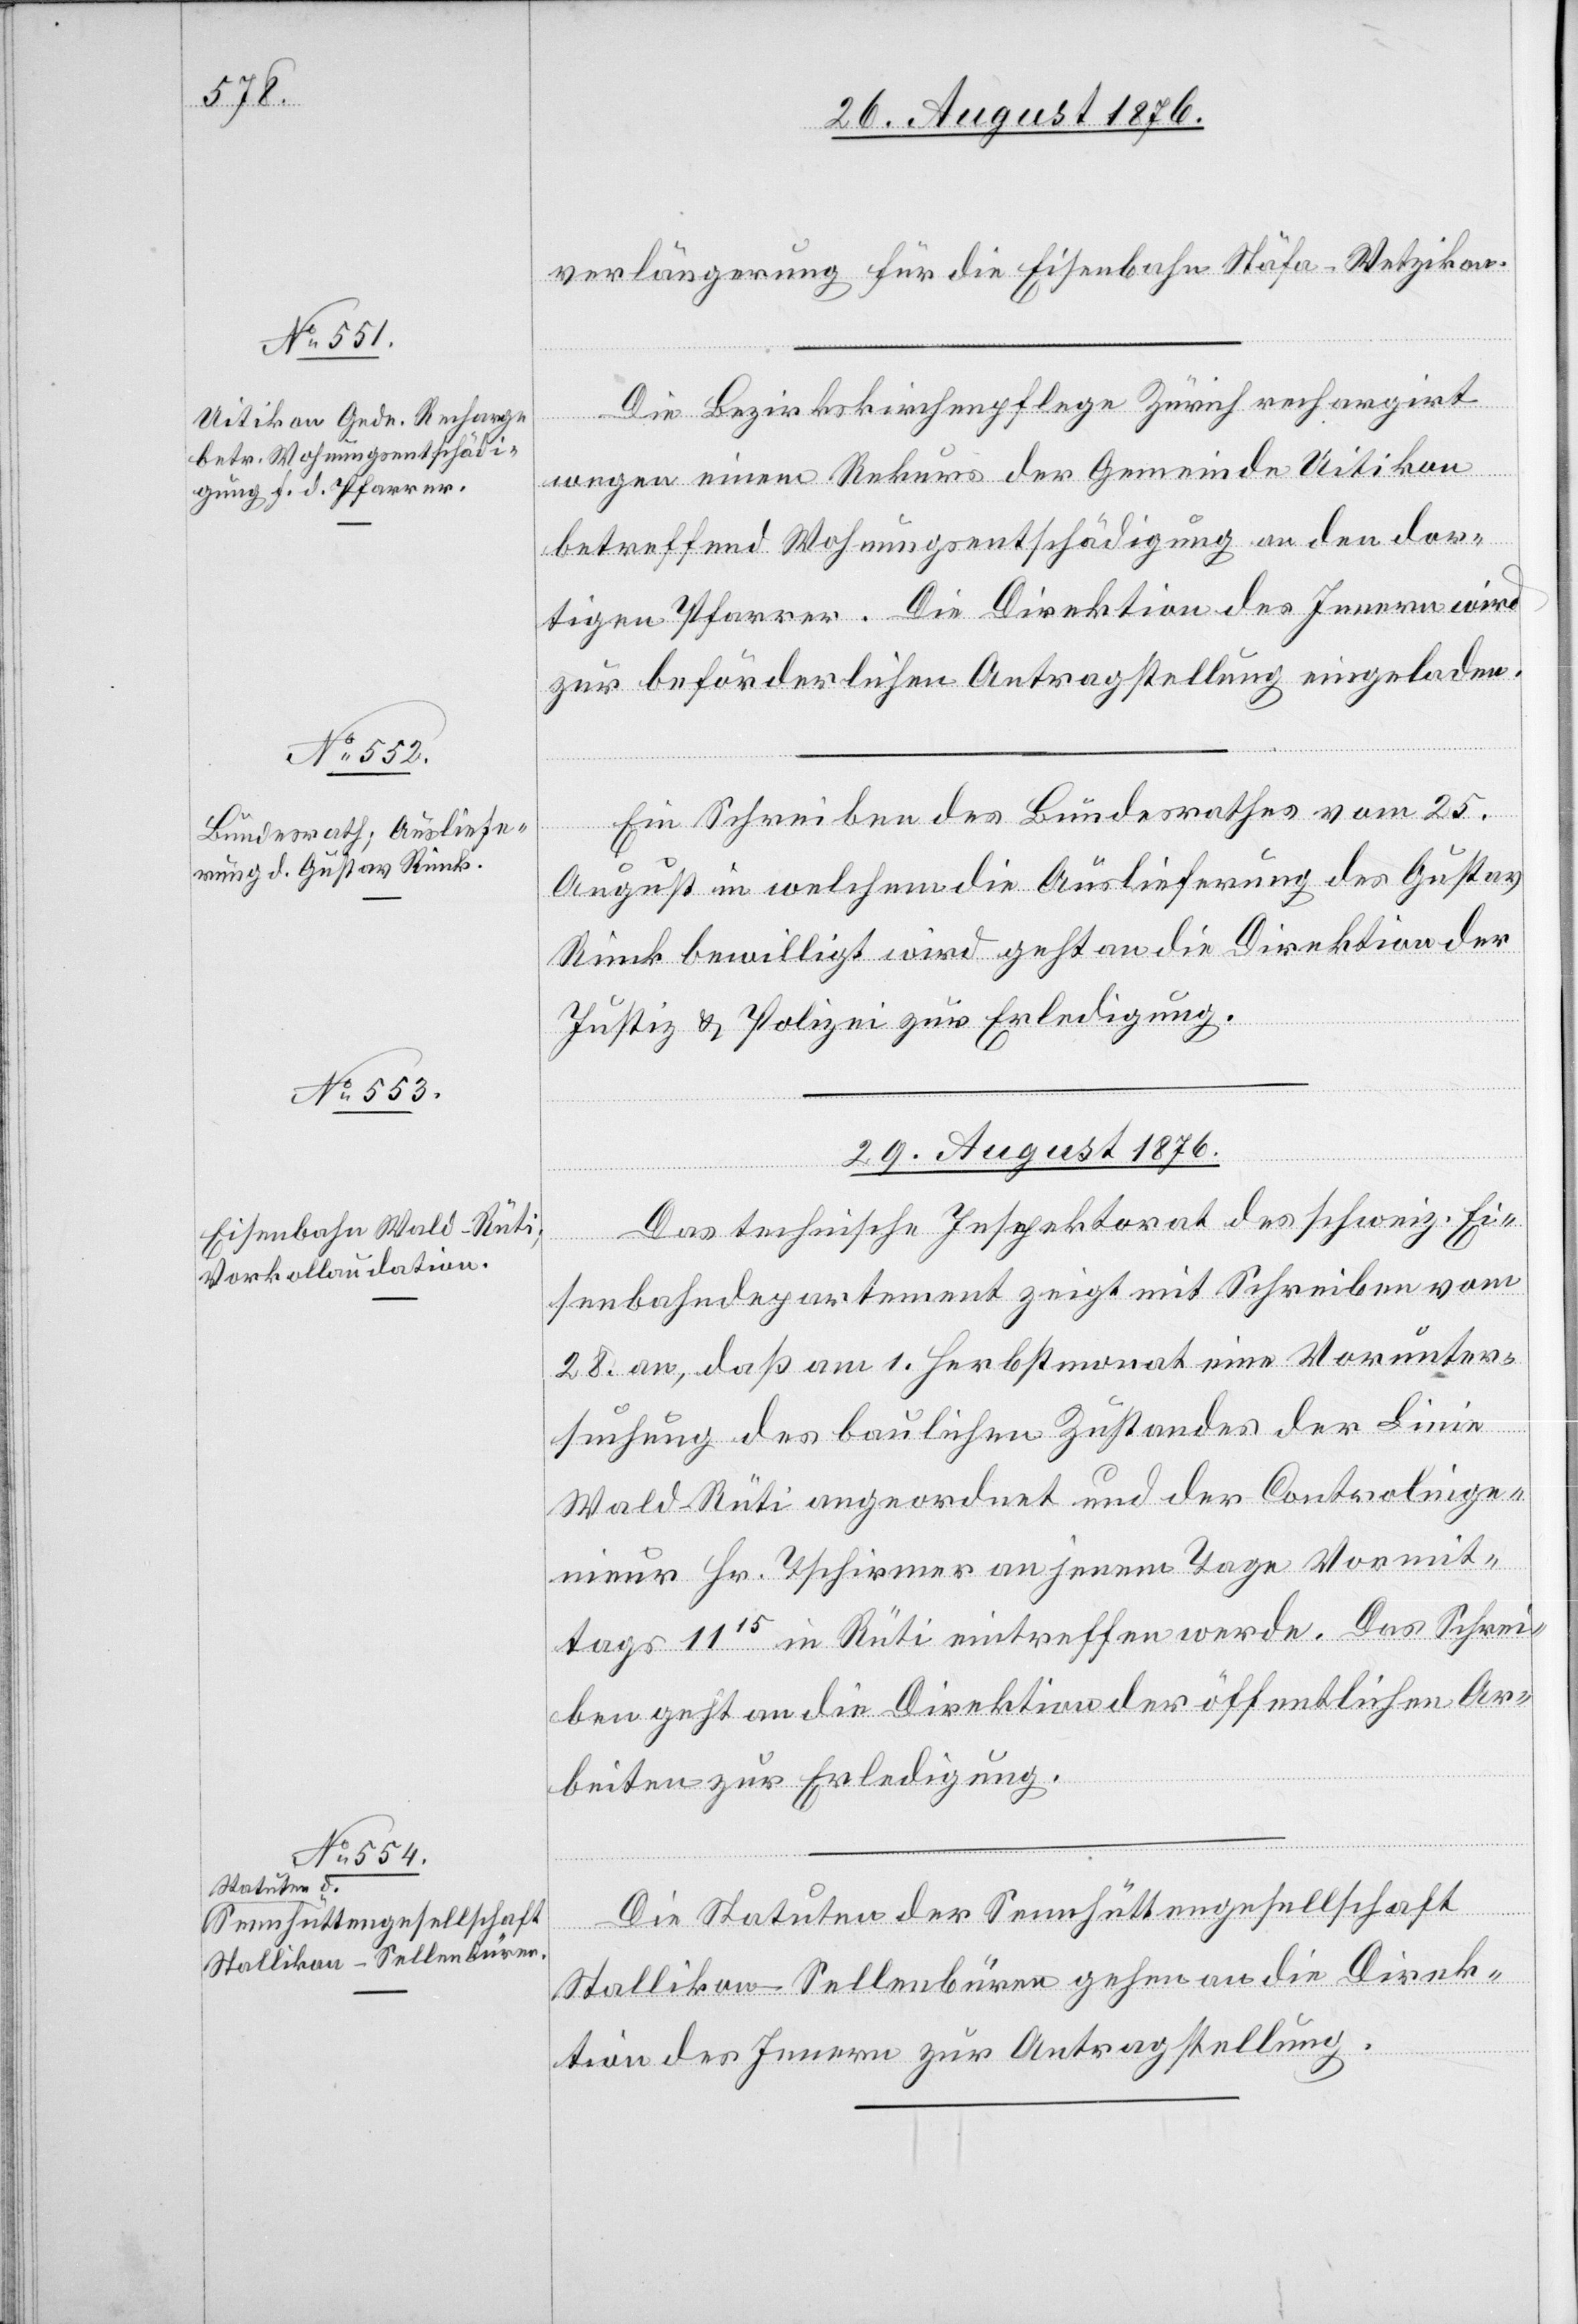
28. August 1876.]
verlängerung für die Eisenbahn Stäfa–Wetzikon.
Die Bezirkskirchenpflege Zürich rechargirt
wegen einem Rekurs der Gemeinde Uitikon
betreffend Wohnungsentschädigung an den dor¬
tigen Pfarrer. Die Direktion des Innern wird
zur beförderlichen Antragstellung eingeladen.
Ein Schreiben des Bundesrathes vom 25.
August in welchem die Auslieferung des Gustav
Rink bewilligt wird geht an die Direktion der
Justiz & Polizei zur Erledigung.
29. August 1876.]
Das technische Inspektorat des schweiz. Ei¬
senbahndepartement zeigt mit Schreiben vom
28. an, daß am 1. Herbstmonat eine Vorunter¬
suchung des baulichen Zustandes der Linie
Wald-Rüti angeordnet und der Controlinge¬
nieur Hr. Tschirmer an jenem Tage Vormit¬
tags 1115 in Rüti eintreffen werde. Das Schrei¬
ben geht an die Direktion der öffentlichen Ar¬
beiten zur Erledigung.
Die Statuten der Sennhüttengesellschaft
Stallikon-Sellenbüren gehen an die Direk¬
tion des Innern zur Antragstellung.